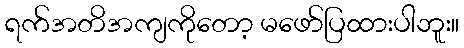
ရက်အတိအကျကိုတော့ မဖော်ပြထားပါဘူး။